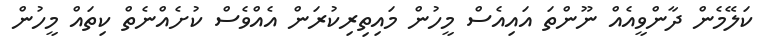
ކަލޭމެން ދާންވީއެއް ނޫންތަ އައިއެސް މީހުން މައިތިރިކުރަން އެއްވެސް ކުށެއްނެތް ކިތައް މީހުން